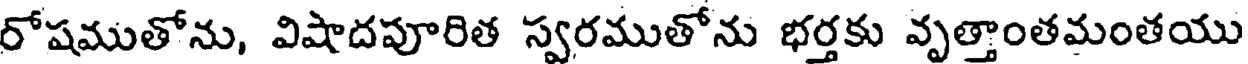
రోషముతోను, విషాదపూరిత స్వరముతోను భర్తకు వృత్తాంతమంతయు